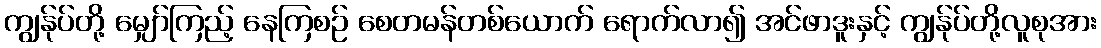
ကျွန်ုပ်တို့ မျှော်ကြည့် နေကြစဉ် စေတမန်တစ်ယောက် ရောက်လာ၍ အင်ဖာဒူးနှင့် ကျွန်ုပ်တို့လူစုအား